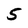
Character: 5